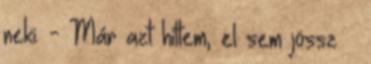
neki. - Már azt hittem, el sem jössz –